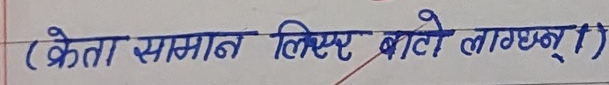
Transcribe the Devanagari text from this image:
(क्रेता सामान लिएर बाटो लाग्यो)